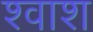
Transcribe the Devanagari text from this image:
श्वाश